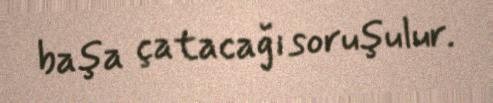
başa çatacağı soruşulur.